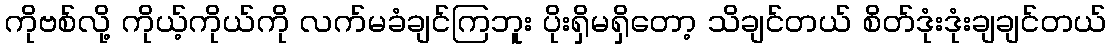
ကိုဗစ်လို့ ကိုယ့်ကိုယ်ကို လက်မခံချင်ကြဘူး ပိုးရှိမရှိတော့ သိချင်တယ် စိတ်ဒုံးဒုံးချချင်တယ်